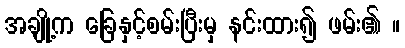
အချို့က ခြေနှင့်စမ်းပြီးမှ နင်းထား၍ ဖမ်း၏ ။